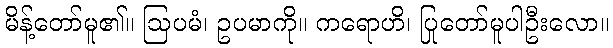
မိန့်တော်မူ၏။ ဩပမံ၊ ဥပမာကို။ ကရောဟိ၊ ပြုတော်မူပါဦးလော။